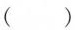
()